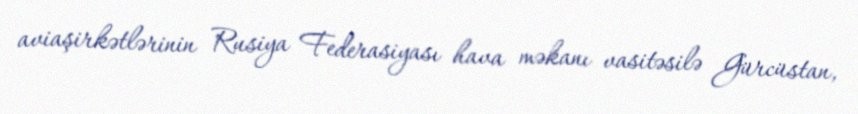
aviaşirkətlərinin Rusiya Federasiyası hava məkanı vasitəsilə Gürcüstan,